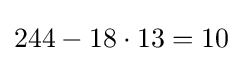
244-18\cdot 13=10